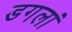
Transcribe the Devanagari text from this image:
डगलां